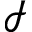
\mathcal { I }